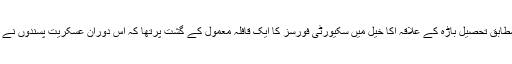
اطلاعات کے مطابق تحصیل باڑہ کے علاقہ اکا خیل میں سکیورٹی فورسز کا ایک قافلہ معمول کے گشت پرتھا کہ اس دوران عسکریت پسندوں نے ان پر حملہ کیا۔